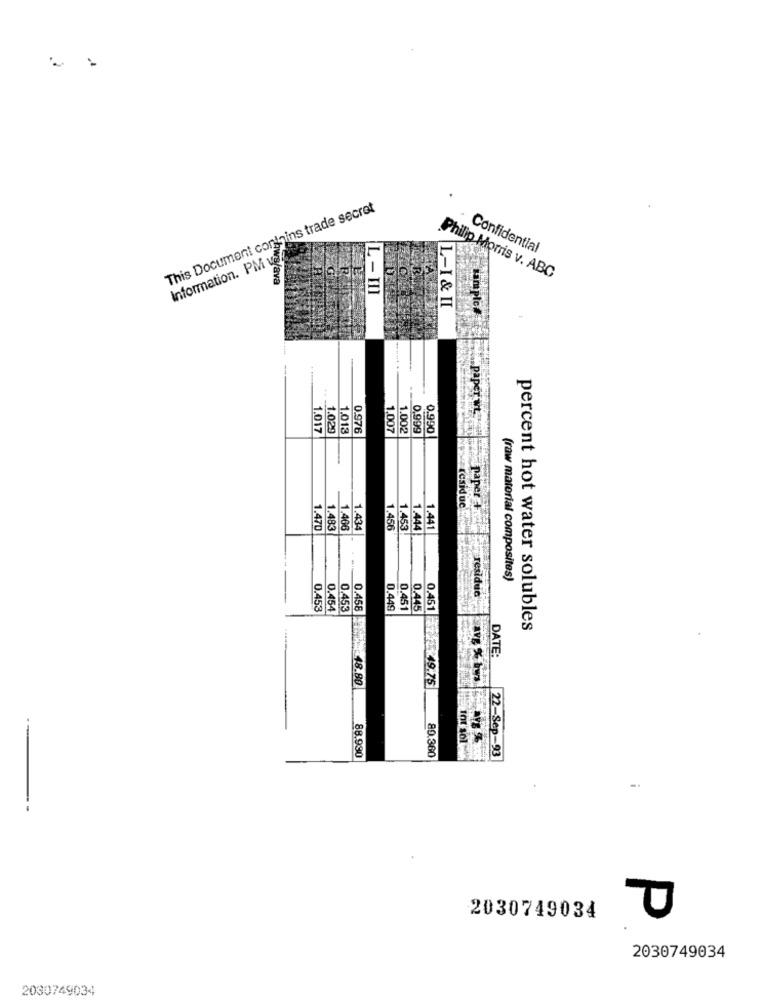
This Document contains trade secret
Information. PM uefa
Confidential
Yava
Philip Morris v. ABC
L - III
L-I & II
paper w.
1.017
1.029
1.013
0.976
1.007
1.002
0.999
0.990
Icsid uc
paper +4
1.470
1.483
1.466
1.434
1.456
1.453
1.444
1.441
(raw material composites)
residuo
0.453
0.454
0.453
0.458
0.449
0.451
0.445
percent hot water solubles
DATE:
48.80
0.451 PT FE X49.75
88.990
89.360
22-Sep-93
2030749034
2030749034
2030749034